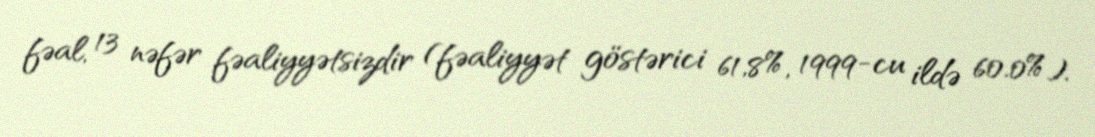
fəal, 13 nəfər fəaliyyətsizdir (fəaliyyət göstərici 61,8%, 1999-cu ildə 60.0%).